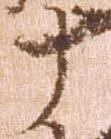
十